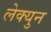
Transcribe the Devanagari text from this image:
लेक्युन